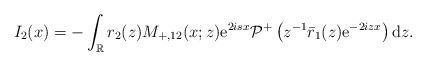
\begin{align*}I_2(x)=-\int_{\mathbb{R}} r_2(z) M_{+,12}(x;z) \mathrm{e}^{2isx} \mathcal{P}^+\left(z^{-1}\bar{r}_1(z) \mathrm{e}^{-2izx}\right) \mathrm{d}z.\end{align*}